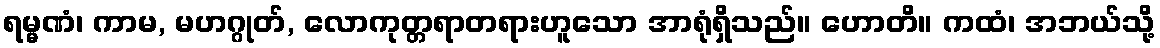
ရမ္မဏံ၊ ကာမ, မဟဂ္ဂုတ်, လောကုတ္တရာတရားဟူသော အာရုံရှိသည်။ ဟောတိ။ ကထံ၊ အဘယ်သို့